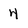
Character: 4